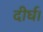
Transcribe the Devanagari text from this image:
दीर्घ।